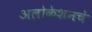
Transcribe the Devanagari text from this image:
अलोकेशनचे